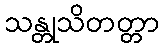
သန္တုသိတတ္တာ